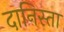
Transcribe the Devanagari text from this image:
दानिस्ता